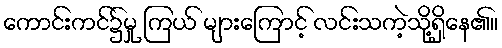
ကောင်းကင်၌မှု ကြယ် များကြောင့် လင်းသကဲ့သို့ရှိနေ၏။